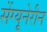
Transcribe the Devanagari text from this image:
सेंग्यूनेरीन